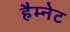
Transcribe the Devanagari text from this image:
हैम्नेट